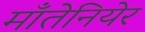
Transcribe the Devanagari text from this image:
माँतेनियेर